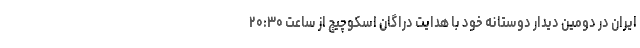
ایران در دومین دیدار دوستانه خود با هدایت دراگان اسکوچیچ از ساعت ۲۰:۳۰